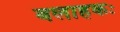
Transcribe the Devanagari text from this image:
बलाहकः